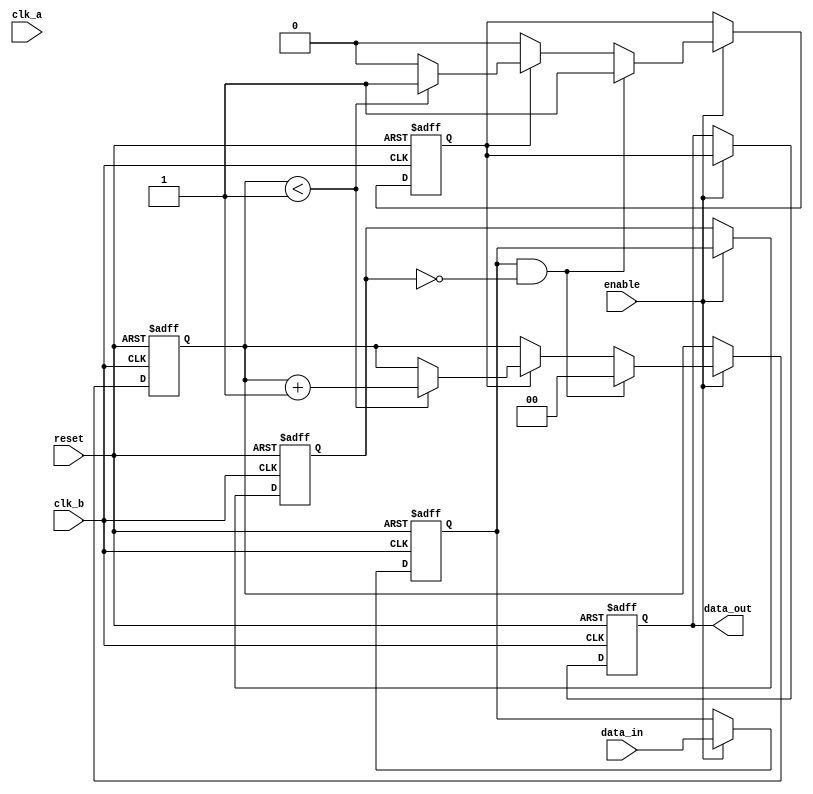
module pulsed_synchronizer #(
    parameter PULSE_WIDTH = 2 // Pulse width in clk_b cycles
)(
    input wire clk_a,          // Source clock
    input wire clk_b,          // Destination clock
    input wire data_in,        // Input signal from clk_a domain
    input wire reset,          // Asynchronous reset
    input wire enable,         // Enable signal for synchronization
    output reg data_out        // Synchronized output signal in clk_b domain
);

    // Internal signals
    reg data_in_sync1;         // First stage of synchronization
    reg data_in_sync2;         // Second stage of synchronization
    reg pulse;                 // Pulse signal in clk_b domain
    reg [1:0] pulse_counter;   // Counter for pulse width control

    // Asynchronous reset and synchronization in clk_b domain
    always @(posedge clk_b or posedge reset) begin
        if (reset) begin
            data_in_sync1 <= 1'b0;
            data_in_sync2 <= 1'b0;
            pulse <= 1'b0;
            pulse_counter <= 2'b00;
            data_out <= 1'b0;
        end else if (enable) begin
            // Synchronize data_in from clk_a domain
            data_in_sync1 <= data_in; // Capture data_in in clk_b domain
            data_in_sync2 <= data_in_sync1; // Second stage to mitigate metastability
            
            // Generate pulse based on the first synchronized signal
            if (data_in_sync1 && !data_in_sync2) begin
                pulse <= 1'b1; // Start pulse when data_in_sync1 goes high
                pulse_counter <= 2'b00; // Reset pulse counter
            end else if (pulse) begin
                if (pulse_counter < PULSE_WIDTH - 1) begin
                    pulse_counter <= pulse_counter + 1; // Increment pulse counter
                end else begin
                    pulse <= 1'b0; // End pulse after specified width
                end
            end
            
            // Assign output based on pulse signal
            data_out <= pulse;
        end
    end

endmodule